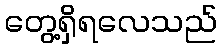
တွေ့ရှိရလေသည်